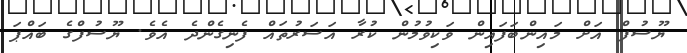
ޔޫސުފް އަށް މައިންބަފައިން ވަކިވުމުން ކުރާ އަސަރުތައް ފެނިގެންދެ އެވެ. ޔޫސުފްގެ ބައްޕަ